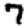
Digit: 7